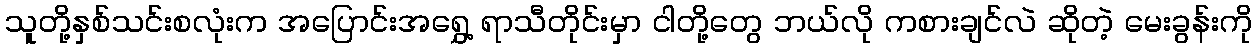
သူတို့နှစ်သင်းစလုံးက အပြောင်းအရွှေ့ ရာသီတိုင်းမှာ ငါတို့တွေ ဘယ်လို ကစားချင်လဲ ဆိုတဲ့ မေးခွန်းကို